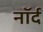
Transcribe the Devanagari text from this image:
नॉर्द